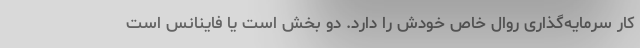
کار سرمایه‌گذاری روال خاص خودش را دارد. دو بخش است یا فاینانس است